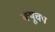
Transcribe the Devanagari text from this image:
क्यूचप